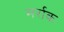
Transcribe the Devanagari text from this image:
मर्राक